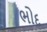
ભોદ